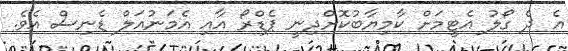
އެ ދެ ގޯލު އެޓީމަށް ކާމިޔާބުކޮށްދިނީ ޕެޑްރޯ އާއި އެމަނުއަލް ޑެނިސް އެވެ.